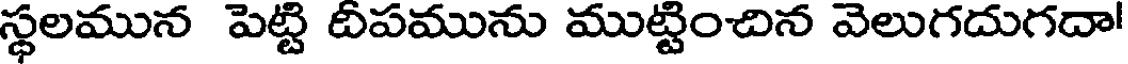
స్థలమున పెట్టి దీపమును ముట్టించిన వెలుగదుగదా